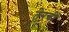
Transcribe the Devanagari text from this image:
तेरवीं